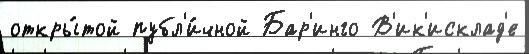
откры́той публ'и́чной Бар'инго В'ик'исклад'е